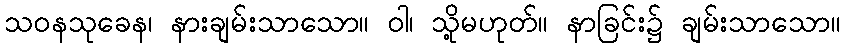
သဝနသုခေန၊ နားချမ်းသာသော။ ဝါ၊ သို့မဟုတ်။ နာခြင်း၌ ချမ်းသာသော။